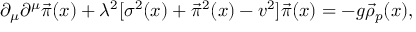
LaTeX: \partial _ { \mu } \partial ^ { \mu } \vec { \pi } ( x ) + \lambda ^ { 2 } [ \sigma ^ { 2 } ( x ) + \vec { \pi } ^ { 2 } ( x ) - v ^ { 2 } ] \vec { \pi } ( x ) = - g \vec { \rho } _ { p } ( x ) ,